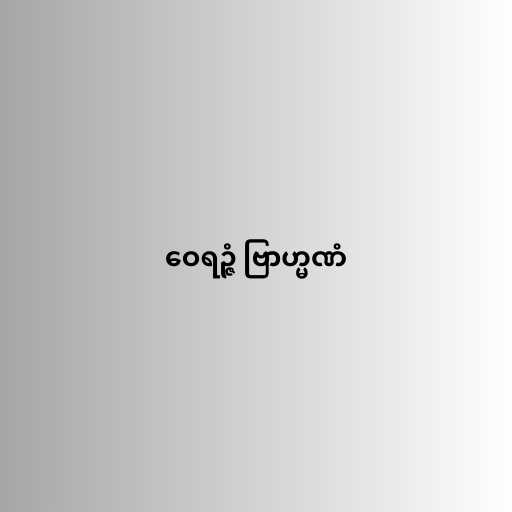
ဝေရဉ္ဇံ ဗြာဟ္မဏံ